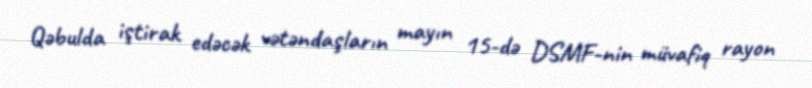
Qəbulda iştirak edəcək vətəndaşların mayın 15-də DSMF-nin müvafiq rayon